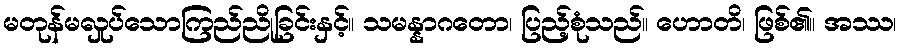
မတုန်မလှုပ်သောကြည်ညိုခြင်းနှင့်။ သမန္နာဂတော၊ ပြည့်စုံသည်။ ဟောတိ၊ ဖြစ်၏။ အဿ၊